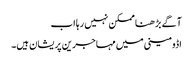
آگے بڑھنا ممکن نہیں رہا اب
اڈومینی میں مہاجرین پریشان ہیں۔